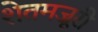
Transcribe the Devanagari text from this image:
शेतमजूरी